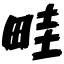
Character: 畦